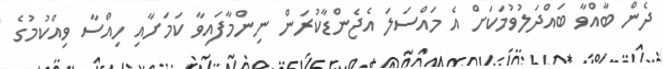
ދެން ބާއްވާ ބައްދަލުވުމަކަށް އެ މައްސަލަ އެޖެންޑާކުރަން ނިންމާފައިވާ ކަމަށާއި ހިއްސާ ވިއްކުމުގެ